画像に写った文字を読んでください
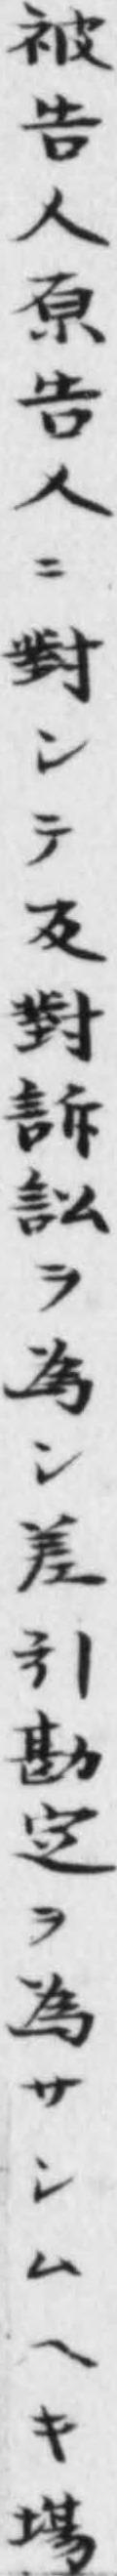
「被告人原告人ニ對シテ反對訴訟ヲ爲ン差引勘定ヲ為サシムへキ塲」と書いてあります